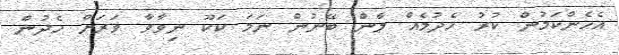
އެހެންކަމުން ކުރު ހެދުމެއް ލާން ބޭނުން ނަމަ ކަކޫ ނިވާވާ ވަރަށް ހެދުން